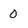
Character: 0